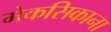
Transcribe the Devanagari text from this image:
मेकसिकाना